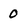
Character: 0